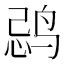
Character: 𱉽